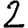
Digit: 2